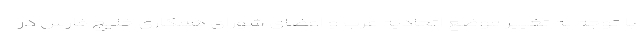
با توجه به تغییر موضع اتحادیه عرب و اعضای شورای همکاری خلیج فارس در